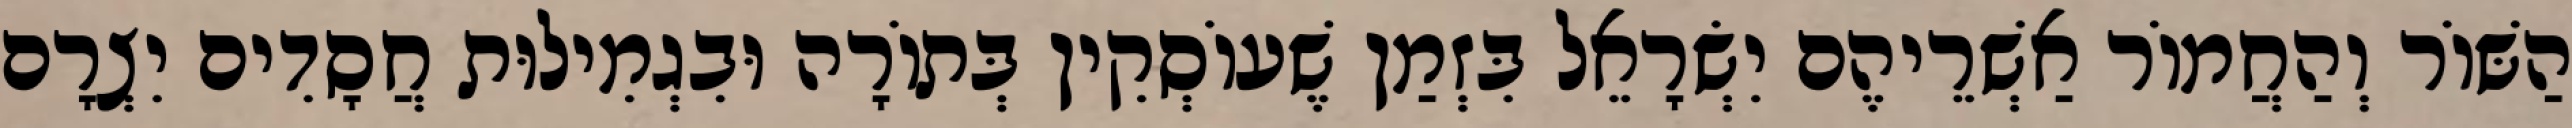
הַשּׁוֹר וְהַחֲמוֹר אַשְׁרֵיהֶם יִשְׂרָאֵל בִּזְמַן שֶׁעוֹסְקִין בְּתוֹרָה וּבִגְמִילוּת חֲסָדִים יִצְרָם